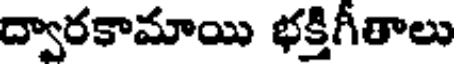
ద్వారకామాయి భక్తిగీతాలు